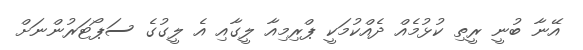
އޭނާ ބުނީ ރީތި ކުޅުމެއް ދެއްކުމަކީ ޕްރިމިއާ ލީގާއި އެ ލީގުގެ ސަޕޯޓަރުންނަށް